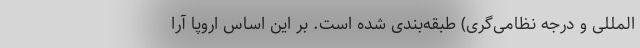
المللی و درجه نظامی‌گری) طبقه‌بندی شده است. بر این اساس اروپا آرا